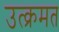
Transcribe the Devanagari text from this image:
उत्क्रमत